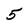
Character: 5